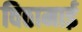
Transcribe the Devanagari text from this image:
विठामाई